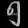
Digit: ၅